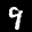
Label: 9